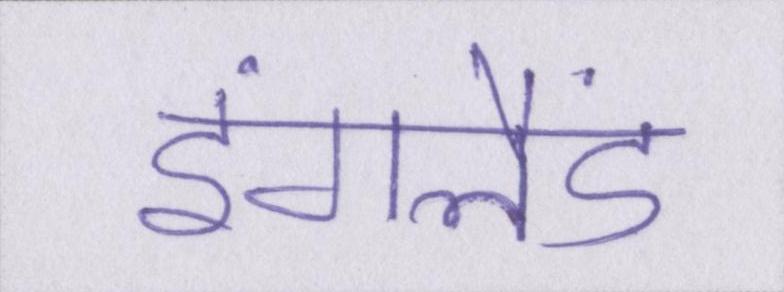
इंगलैंड